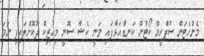
މެންހެޓަން ސުޕްރީމް ކޯޓުން ކަނޑާއަޅާފައި ވަނީ ކެޝާ ސޮނީ މިއުޒިކް ދޫކޮށްލައިފި ނަމަ